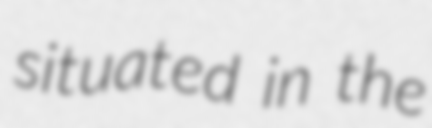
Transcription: situated in the